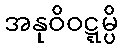
အနုဝိဝဋ္ဋမ္ပိ